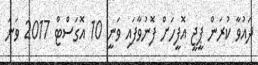
ދައުވާ ކުރަން ޕީޖީ އޮފީހަށް ފޮނުވާފައި ވަނީ 10 އޮގަސްޓް 2017 ވަނަ